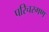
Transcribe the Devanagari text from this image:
परिचरगण